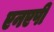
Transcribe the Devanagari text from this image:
एनएपी